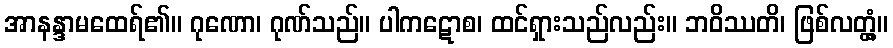
အာနန္ဒာမထေရ်၏။ ဂုဏော၊ ဂုဏ်သည်။ ပါကဋောစ၊ ထင်ရှားသည်လည်း။ ဘဝိဿတိ၊ ဖြစ်လတ္တံ့။